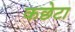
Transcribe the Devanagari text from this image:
कछेटा